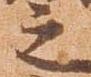
之